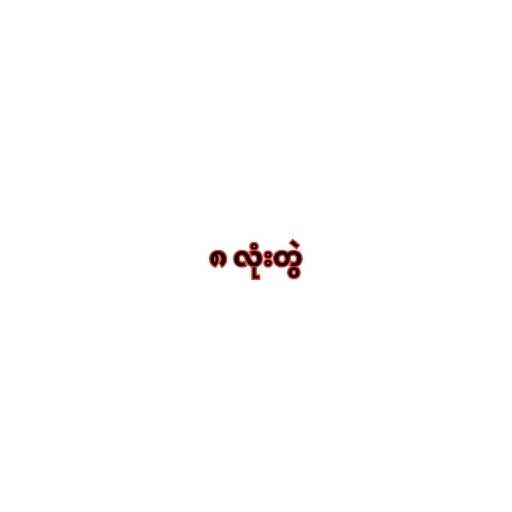
၈ လုံးတွဲ